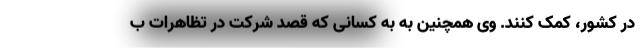
در کشور، کمک کنند. وی همچنین به به کسانی که قصد شرکت در تظاهرات ب